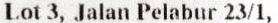
LOT 3, JALAN PELABUR 23/1,